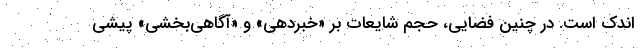
اندک است. در چنین فضایی، حجم شایعات بر «خبردهی» و «آگاهی‌بخشی» پیشی